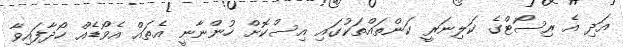
އަދި އެ ރިސޯޓްގެ ކަލިނަރީ ކަންތައްތަކުގައި އިސްކޮށް ހުންނާނީ އެތައް އެވޯޑެއް ހޯދާފައިވާ